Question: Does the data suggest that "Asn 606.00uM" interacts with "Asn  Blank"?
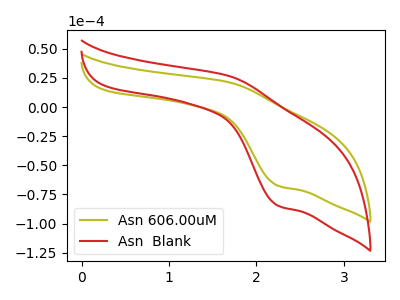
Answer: <think>The olive curve "Asn 606.00uM" has an anodic peak at (1.70V, 21.35uA) and a cathodic peak at (2.25V, -67.40uA). The red curve "Asn  Blank" has an anodic peak at (1.70V, 26.75uA) and a cathodic peak at (2.25V, -84.45uA).
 All the peaks in "Asn 606.00uM" have a peak in "Asn  Blank" at the same potential. Every peak in "Asn 606.00uM" is lower than every peak in "Asn  Blank".</think>
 <answer>No, "Asn 606.00uM" and "Asn  Blank" don't appear to be significantly different in shape</answer>
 <eval>no_change</eval>